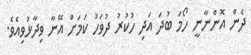
ދެން އޮންނާނީ ހޯމަ ބުދަ އަދި ހުކުރު ދުވަހު ކަމަށް އޭނާ ވިދާޅުވިއެވެ.